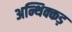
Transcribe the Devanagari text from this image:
अन्थिक्कड़